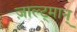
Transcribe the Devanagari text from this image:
ज़ाल्ट्मान्